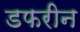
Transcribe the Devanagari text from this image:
डफरीन